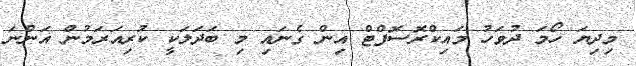
މިދިޔަ ހޯމަ ދުވަހު މައިކްރޮސޮފްޓް އިން ގެނައި މި ބަދަލަކީ ކުރިއަރަމުން އަންނަ